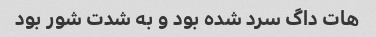
هات داگ سرد شده بود و به شدت شور بود